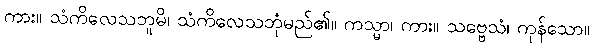
ကား။ သံကိလေသဘူမိ၊ သံကိလေသဘုံမည်၏။ ကသ္မာ၊ ကား။ သဗ္ဗေသံ၊ ကုန်သော။